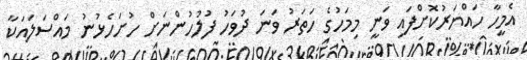
އެމީހާ ހައްޔަރުކޮށްފައި ވަނީ މިމަހުގެ ހަތަރު ވަނަ ދުވަހު ފުލުހުންނަށް ހުށަހެޅުނު މައްސަލައަކާ